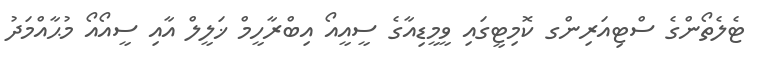
ޓެލެތޯންގެ ސްޓިއަރިންގ ކޮމިޓީގައި ވީމީޑިއާގެ ސީއީއޯ އިބްރާހީމް ޚަލީލް އާއި ސީއޯއޯ މުޙާއްމަދު